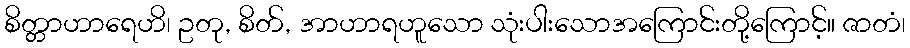
စိတ္တာဟာရေဟိ၊ ဥတု, စိတ်, အာဟာရဟူသော သုံးပါးသောအကြောင်းတို့ကြောင့်။ ဇာတံ၊